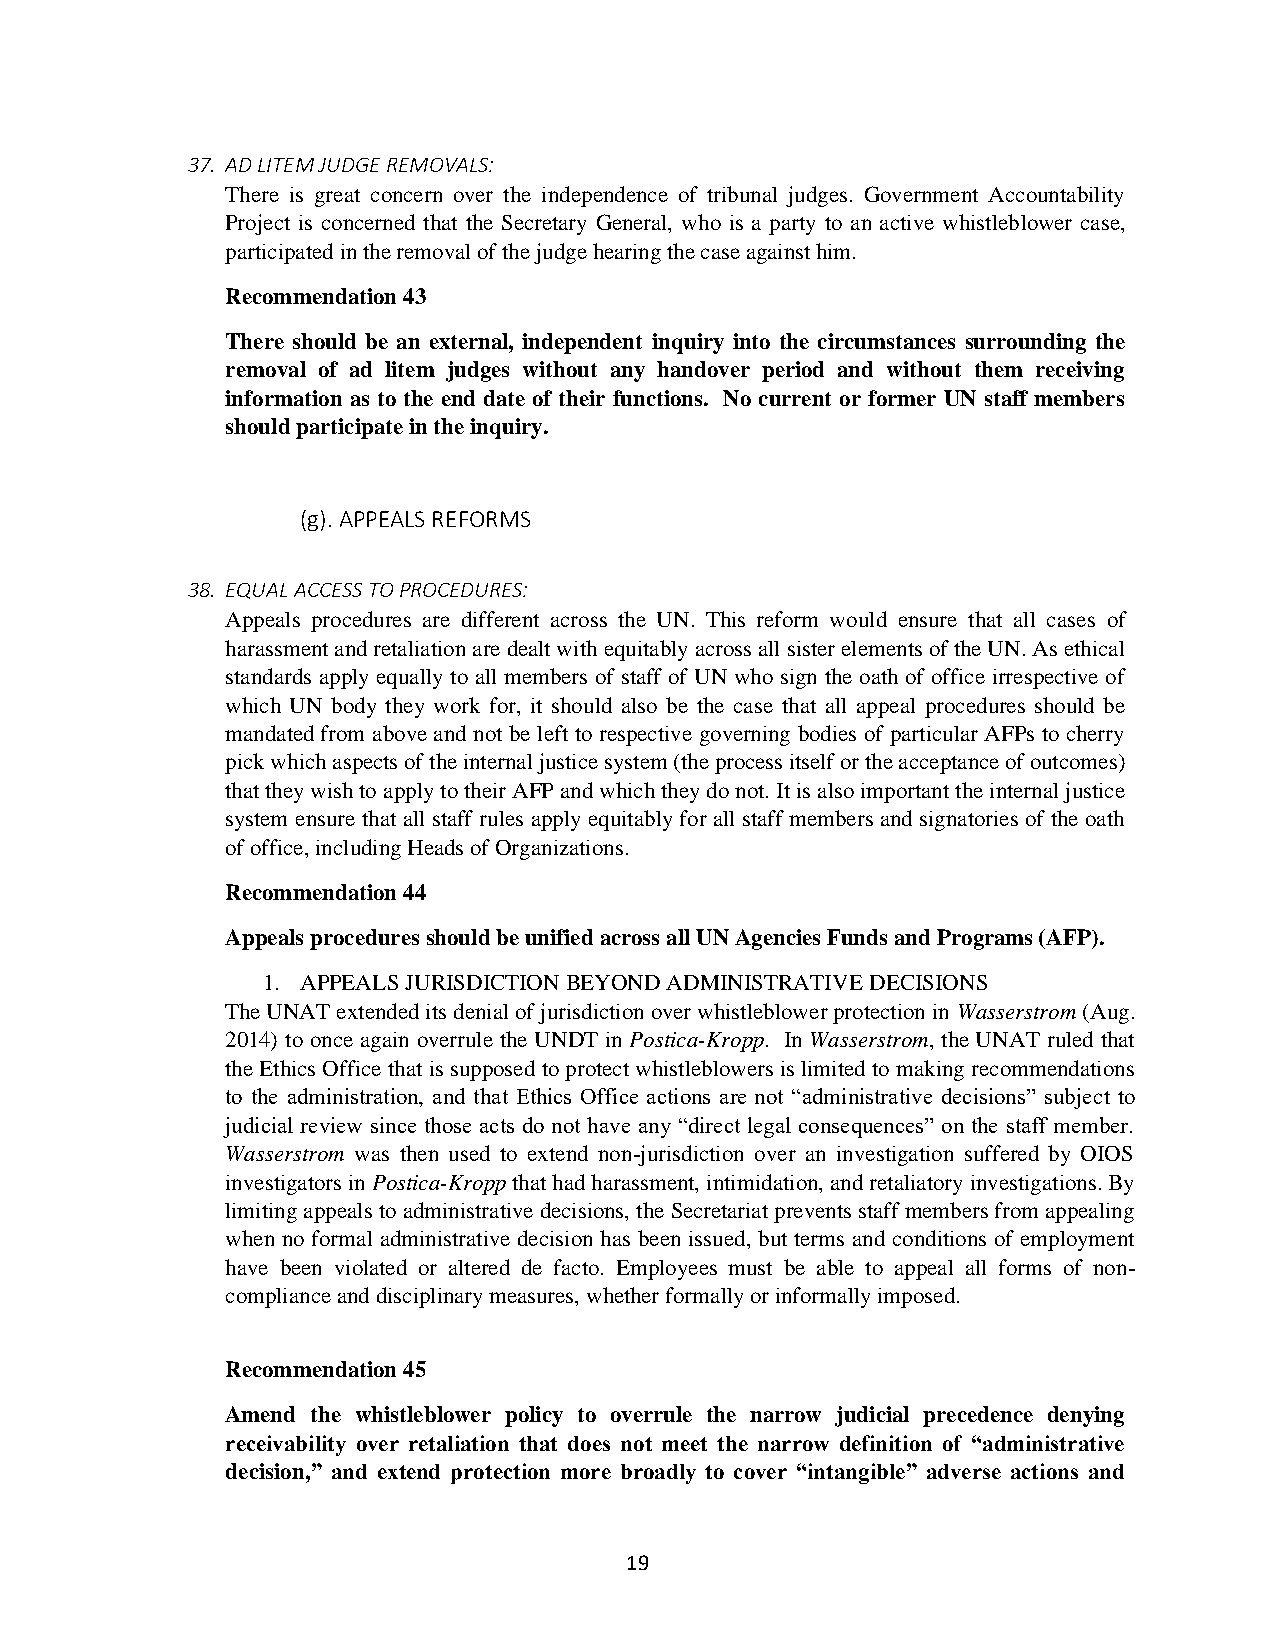
37. AD LITEM JUDGE REMOVALS:
 There is great concern over the independence of tribunal judges. Government Accountability
 Project is concerned that the Secretary General, who is a party to an active whistleblower case,
 participated in the removal of the judge hearing the case against him.
 Recommendation 43
 There should be an external, independent inquiry into the circumstances surrounding the
 removal of ad litem judges without any handover period and without them receiving
 information as to the end date of their functions. No current or former UN staff members
 should participate in the inquiry.
 (g). APPEALS REFORMS
 38. EQUAL ACCESS TO PROCEDURES:
 Appeals procedures are different across the UN. This reform would ensure that all cases of
 harassment and retaliation are dealt with equitably across all sister elements of the UN. As ethical
 standards apply equally to all members of staff of UN who sign the oath of office irrespective of
 which UN body they work for, it should also be the case that all appeal procedures should be
 mandated from above and not be left to respective governing bodies of particular AFPs to cherry
 pick which aspects of the internal justice system (the process itself or the acceptance of outcomes)
 that they wish to apply to their AFP and which they do not. It is also important the internal justice
 system ensure that all staff rules apply equitably for all staff members and signatories of the oath
 of office, including Heads of Organizations.
 Recommendation 44
 Appeals procedures should be unified across all UN Agencies Funds and Programs (AFP).
 1. APPEALS JURISDICTION BEYOND ADMINISTRATIVE DECISIONS
 The UNAT extended its denial of jurisdiction over whistleblower protection in Wasserstrom (Aug.
 2014) to once again overrule the UNDT in Postica-Kropp. In Wasserstrom, the UNAT ruled that
 the Ethics Office that is supposed to protect whistleblowers is limited to making recommendations
 to the administration, and that Ethics Office actions are not “administrative decisions” subject to
 judicial review since those acts do not have any “direct legal consequences” on the staff member.
 Wasserstrom was then used to extend non-jurisdiction over an investigation suffered by OIOS
 investigators in Postica-Kropp that had harassment, intimidation, and retaliatory investigations. By
 limiting appeals to administrative decisions, the Secretariat prevents staff members from appealing
 when no formal administrative decision has been issued, but terms and conditions of employment
 have been violated or altered de facto. Employees must be able to appeal all forms of non-
 compliance and disciplinary measures, whether formally or informally imposed.
 Recommendation 45
 Amend the whistleblower policy to overrule the narrow judicial precedence denying
 receivability over retaliation that does not meet the narrow definition of “administrative
 decision,” and extend protection more broadly to cover “intangible” adverse actions and
 19